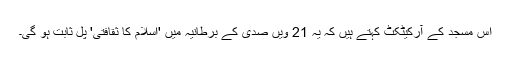
اس مسجد کے آرکیٹکٹ کہتے ہیں کہ یہ 21 ویں صدی کے برطانیہ میں 'اسلام کا ثقافتی' پل ثابت ہو گی۔